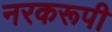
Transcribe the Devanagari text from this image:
नरकरूपी